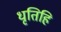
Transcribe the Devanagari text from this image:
धृतिहि